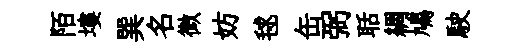
陌塿巽名微妨毬缶弼聒綢鳩駛